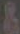
&